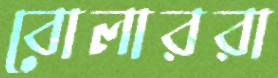
বোলাররা